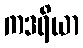
ကဒရိယာ